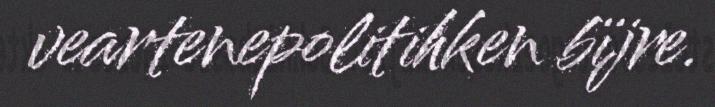
veartenepolitihken bïjre.